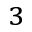
^ 3